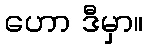
ဟော ဒီမှာ။